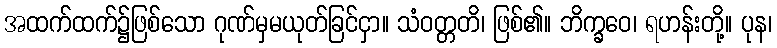
အထက်ထက်၌ဖြစ်သော ဂုဏ်မှမယုတ်ခြင်ငှာ။ သံဝတ္တတိ၊ ဖြစ်၏။ ဘိက္ခဝေ၊ ရဟန်းတို့။ ပုန၊